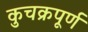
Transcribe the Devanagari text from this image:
कुचक्रपूर्ण